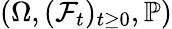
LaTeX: (\Omega,(\mathcal{F}_{t})_{t\geq 0},\mathbb{P})